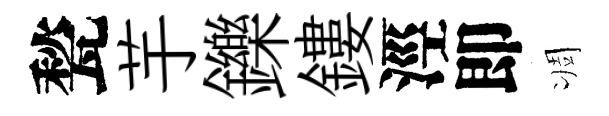
甃芋鑠鏤涇即凋